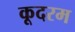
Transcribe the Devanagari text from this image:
कूदरम